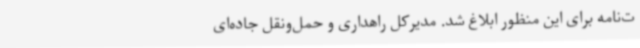
ت‌نامه برای این منظور ابلاغ شد. مدیرکل راهداری و حمل‌ونقل جاده‌ای